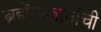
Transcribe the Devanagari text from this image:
ब्रह्मेंदस्वामींची